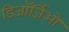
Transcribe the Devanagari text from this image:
डिजॉर्जिओ